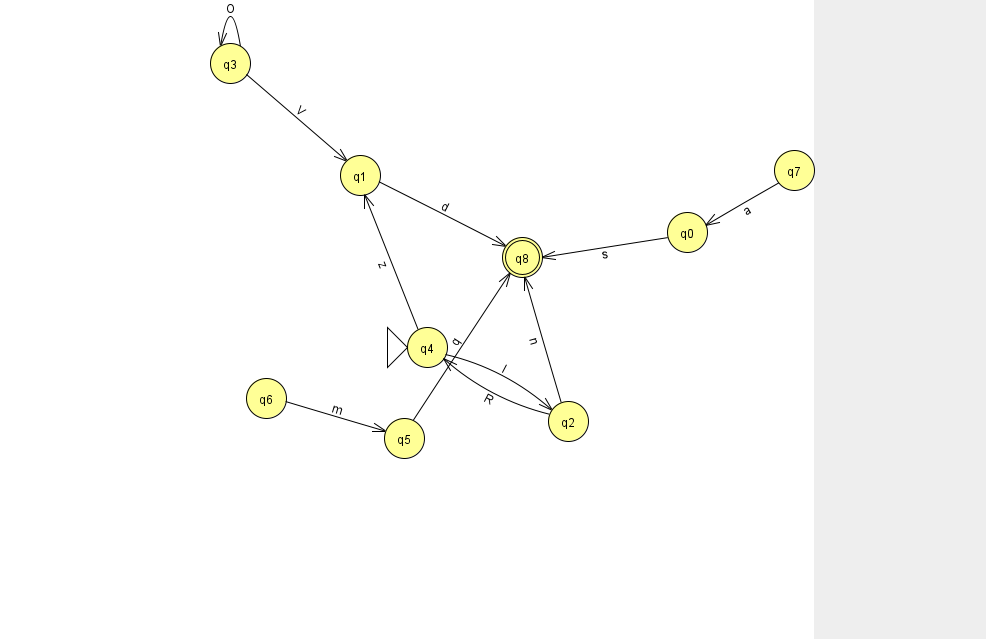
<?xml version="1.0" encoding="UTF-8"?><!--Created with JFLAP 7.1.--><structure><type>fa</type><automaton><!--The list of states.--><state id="0" name="q0"><x>687.0</x><y>219.0</y></state><state id="1" name="q1"><x>360.0</x><y>162.0</y></state><state id="2" name="q2"><x>568.0</x><y>408.0</y></state><state id="3" name="q3"><x>230.0</x><y>50.0</y></state><state id="4" name="q4"><x>427.0</x><y>334.0</y><initial/></state><state id="5" name="q5"><x>404.0</x><y>425.0</y></state><state id="6" name="q6"><x>266.0</x><y>385.0</y></state><state id="7" name="q7"><x>794.0</x><y>157.0</y></state><state id="8" name="q8"><x>522.0</x><y>244.0</y><final/></state><!--The list of transitions.--><transition><from>6</from><to>5</to><read>m</read></transition><transition><from>5</from><to>8</to><read>q</read></transition><transition><from>7</from><to>0</to><read>a</read></transition><transition><from>4</from><to>2</to><read>I</read></transition><transition><from>1</from><to>8</to><read>d</read></transition><transition><from>3</from><to>1</to><read>V</read></transition><transition><from>2</from><to>8</to><read>n</read></transition><transition><from>0</from><to>8</to><read>s</read></transition><transition><from>2</from><to>4</to><read>R</read></transition><transition><from>3</from><to>3</to><read>O</read></transition><transition><from>4</from><to>1</to><read>z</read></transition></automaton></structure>